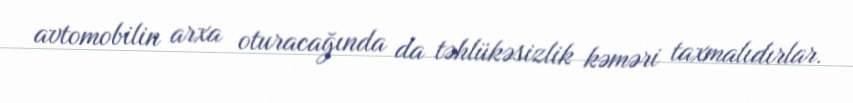
avtomobilin arxa oturacağında da təhlükəsizlik kəməri taxmalıdırlar.